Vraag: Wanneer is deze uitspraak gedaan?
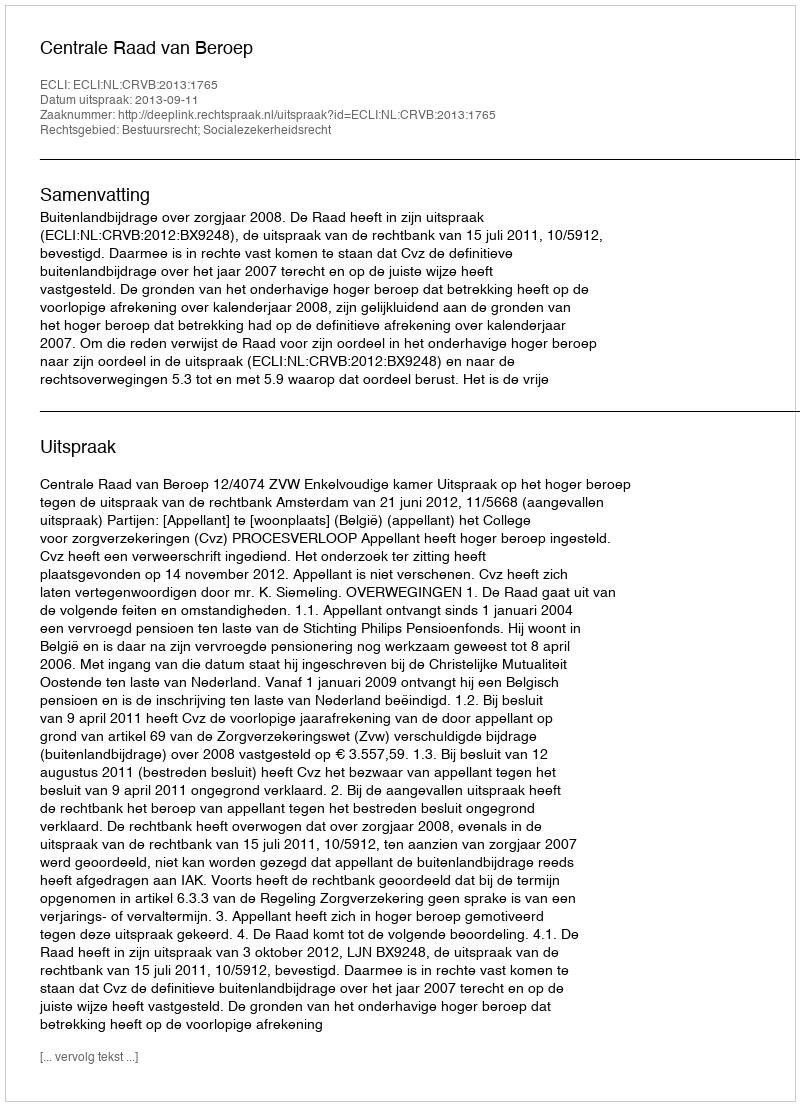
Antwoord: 2013-09-11